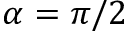
\alpha = \pi / 2